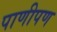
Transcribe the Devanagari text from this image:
पाणीपण